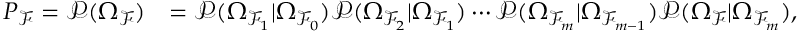
\begin{array} { r l } { P _ { \mathcal { F } } = \mathcal { P } ( \Omega _ { \mathcal { F } } ) } & { = \mathcal { P } ( \Omega _ { \mathcal { F } _ { 1 } } | \Omega _ { \mathcal { F } _ { 0 } } ) \mathcal { P } ( \Omega _ { \mathcal { F } _ { 2 } } | \Omega _ { \mathcal { F } _ { 1 } } ) \cdots \mathcal { P } ( \Omega _ { \mathcal { F } _ { m } } | \Omega _ { \mathcal { F } _ { m - 1 } } ) \mathcal { P } ( \Omega _ { \mathcal { F } } | \Omega _ { \mathcal { F } _ { m } } ) , } \end{array}